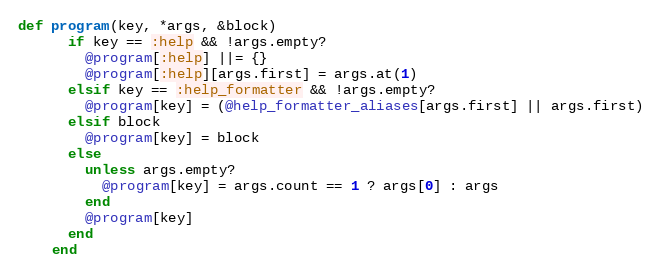
Language: Ruby
def program(key, *args, &block)
      if key == :help && !args.empty?
        @program[:help] ||= {}
        @program[:help][args.first] = args.at(1)
      elsif key == :help_formatter && !args.empty?
        @program[key] = (@help_formatter_aliases[args.first] || args.first)
      elsif block
        @program[key] = block
      else
        unless args.empty?
          @program[key] = args.count == 1 ? args[0] : args
        end
        @program[key]
      end
    end